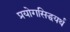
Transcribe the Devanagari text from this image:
प्रयोगसिद्धयर्थ